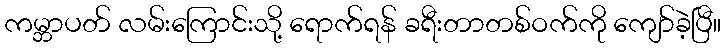
ကမ္ဘာပတ် လမ်းကြောင်းသို့ ရောက်ရန် ခရီးတာတစ်ဝက်ကို ကျော်ခဲ့ပြီ။